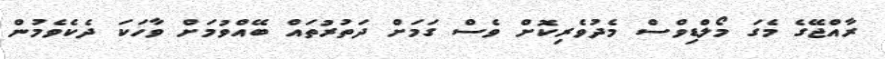
ރާއްޖޭގެ މެގަ މޯލްޑިވްސް މެދުވެރިކޮށް ވެސް ގަމަށް ދަތުރުތައް ބޭއްވުމަށް ވާހަކަ ދެކެވެމުން